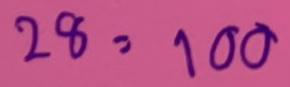
28 = 100